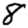
Digit: 8